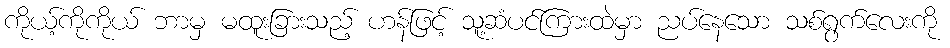
ကိုယ့်ကိုကိုယ် ဘာမှ မထူးခြားသည့် ဟန်ဖြင့် သူ့ဆံပင်ကြားထဲမှာ ညပ်နေသော သစ်ရွက်လေးကို